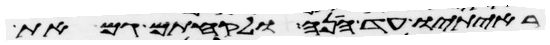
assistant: ראיתיו עד הנה ולקחתם גם את